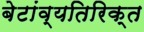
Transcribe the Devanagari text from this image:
बेटांव्यतिरिक्त